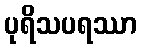
ပုရိသပရဿာ